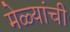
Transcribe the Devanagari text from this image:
मेळ्यांची